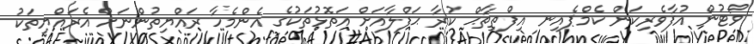
ވޯޓުން އުފާވެރިކަން ކެމްޕެއިނ އިފްތިތާޙް ކުރާ ޙަފްލާއަށް އަތޮޅުތަކުގެ އެންމެހާ ރައްޔިތުންނަށް އެރައްޔިތަކު